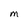
Character: M